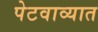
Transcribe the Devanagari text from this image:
पेटवाव्यात